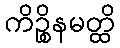
ကိဉ္စိနမတ္ထိ